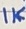
Text: 1K